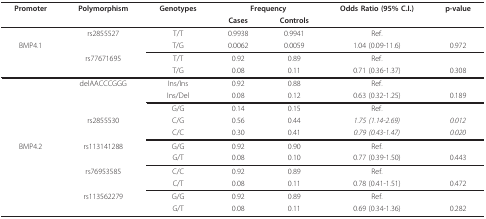
<table><thead><tr><td><b>Promoter</b></td><td><b>Polymorphism</b></td><td><b>Genotypes</b></td><td colspan="2"><b>Frequency</b></td><td><b>Odds Ratio (95% C.I.)</b></td><td><b>p-value</b></td></tr><tr><td></td><td></td><td></td><td><b>Cases</b></td><td><b>Controls</b></td><td></td><td></td></tr></thead><tbody><tr><td></td><td>rs2855527</td><td>T/T</td><td>0.9938</td><td>0.9941</td><td>Ref.</td><td></td></tr><tr><td>BMP4.1</td><td></td><td>T/G</td><td>0.0062</td><td>0.0059</td><td>1.04 (0.09-11.6)</td><td>0.972</td></tr><tr><td></td><td>rs77671695</td><td>T/T</td><td>0.92</td><td>0.89</td><td>Ref.</td><td></td></tr><tr><td></td><td></td><td>T/G</td><td>0.08</td><td>0.11</td><td>0.71 (0.36-1.37)</td><td>0.308</td></tr><tr><td></td><td>delAACCCGGG</td><td>Ins/Ins</td><td>0.92</td><td>0.88</td><td>Ref.</td><td></td></tr><tr><td></td><td></td><td>Ins/Del</td><td>0.08</td><td>0.12</td><td>0.63 (0.32-1.25)</td><td>0.189</td></tr><tr><td></td><td></td><td>G/G</td><td>0.14</td><td>0.15</td><td>Ref.</td><td></td></tr><tr><td></td><td>rs2855530</td><td>C/G</td><td>0.56</td><td>0.44</td><td><i>1.75 (1.14-2.69)</i></td><td><i>0.012</i></td></tr><tr><td></td><td></td><td>C/C</td><td>0.30</td><td>0.41</td><td><i>0.79 (0.43-1.47)</i></td><td><i>0.020</i></td></tr><tr><td>BMP4.2</td><td>rs113141288</td><td>G/G</td><td>0.92</td><td>0.90</td><td>Ref.</td><td></td></tr><tr><td></td><td></td><td>G/T</td><td>0.08</td><td>0.10</td><td>0.77 (0.39-1.50)</td><td>0.443</td></tr><tr><td></td><td>rs76953585</td><td>C/C</td><td>0.92</td><td>0.89</td><td>Ref.</td><td></td></tr><tr><td></td><td></td><td>C/T</td><td>0.08</td><td>0.11</td><td>0.78 (0.41-1.51)</td><td>0.472</td></tr><tr><td></td><td>rs113562279</td><td>G/G</td><td>0.92</td><td>0.89</td><td>Ref.</td><td></td></tr><tr><td></td><td></td><td>G/T</td><td>0.08</td><td>0.11</td><td>0.69 (0.34-1.36)</td><td>0.282</td></tr></tbody></table>